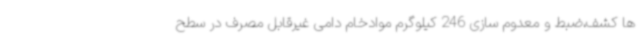
ها کشف،ضبط و معدوم سازی 246 کیلوگرم موادخام دامی غیرقابل مصرف در سطح